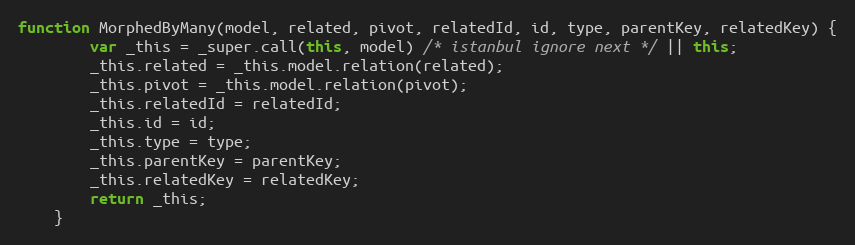
Language: JavaScript
function MorphedByMany(model, related, pivot, relatedId, id, type, parentKey, relatedKey) {
        var _this = _super.call(this, model) /* istanbul ignore next */ || this;
        _this.related = _this.model.relation(related);
        _this.pivot = _this.model.relation(pivot);
        _this.relatedId = relatedId;
        _this.id = id;
        _this.type = type;
        _this.parentKey = parentKey;
        _this.relatedKey = relatedKey;
        return _this;
    }